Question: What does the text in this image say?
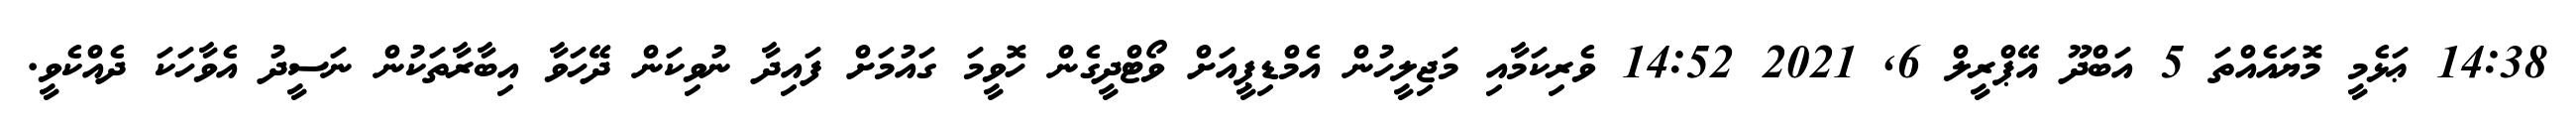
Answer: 14:38 ޢަޅެމީ މޮޔައެއްތަ 5 އަބްދޫ އޭޕްރީލް 6, 2021 14:52 ވެރިކަމާއި މަޖިލީހުން އެމްޑިޕީއަށް ވޯޓްދީގެން ހޮވީމަ ގައުމަށް ފައިދާ ނުވިކަން ދޭހަވާ އިބާރާތަކުން ނަސީދު އެވާހަކަ ދެއްކެވީ.